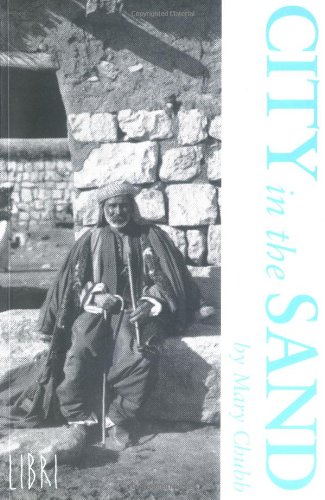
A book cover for City in the Sand; Mary Chubb; Travel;